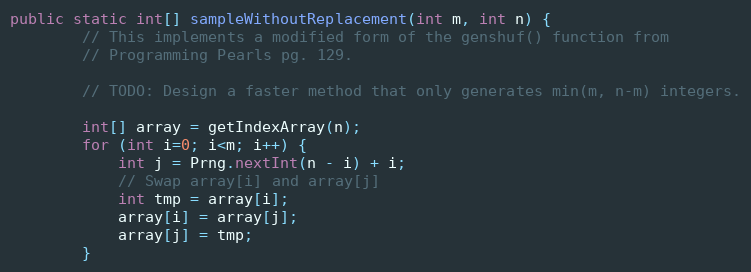
Language: Java
public static int[] sampleWithoutReplacement(int m, int n) {
        // This implements a modified form of the genshuf() function from
        // Programming Pearls pg. 129.

        // TODO: Design a faster method that only generates min(m, n-m) integers.

        int[] array = getIndexArray(n);
        for (int i=0; i<m; i++) {
            int j = Prng.nextInt(n - i) + i;
            // Swap array[i] and array[j]
            int tmp = array[i];
            array[i] = array[j];
            array[j] = tmp;
        }